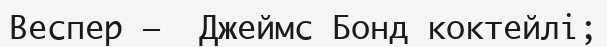
Веспер —  Джеймс Бонд коктейлі;